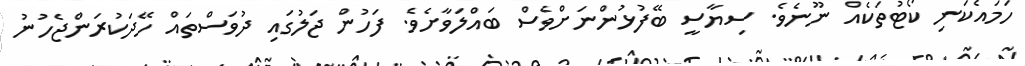
ހަމައެކަނި ކޯޓުތަކެއް ނޫނެވެ. ސިޔާސީ ބޭފުޅުންނަށްވެސް ބައްލަވާށެވެ. ފަހުން ޖަލުގައި ދުވަސްތައް ހޭދަކުރަންޖެހުނު